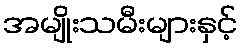
အမျိုးသမီးများနှင့်